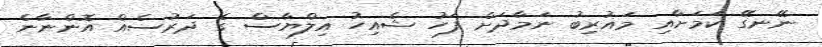
ނޭނގޭ ކަމަށާއި މަޣުރިބު ނަމާދަށް ފަހު ޝެއިހު އިލްޔާސް ގެ ދަރުސެއް އޮންނާނެ